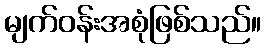
မျက်ဝန်းအစုံဖြစ်သည်။